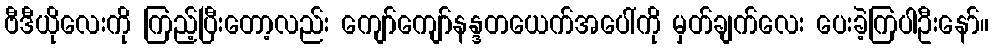
ဗီဒီယိုလေးကို ကြည့်ပြီးတော့လည်း ကျော်ကျော်နန္ဒတယေက်အပေါ်ကို မှတ်ချက်လေး ပေးခဲ့ကြပါဦးနော်။